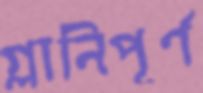
গ্লানিপূর্ণ